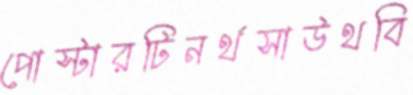
পোস্টারটিনর্থসাউথবি